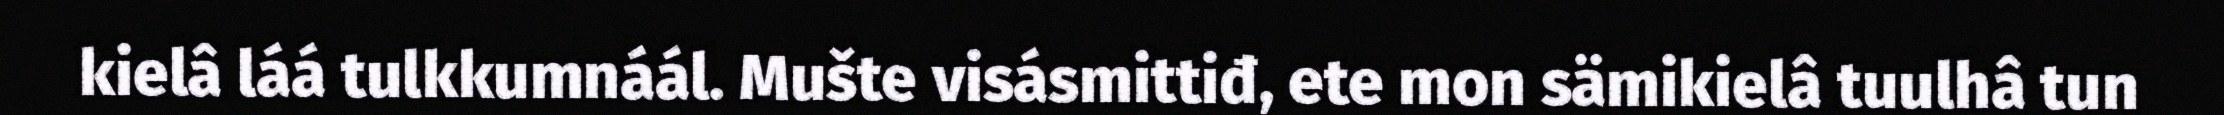
kielâ láá tulkkumnáál. Mušte visásmittiđ, ete mon sämikielâ tuulhâ tun